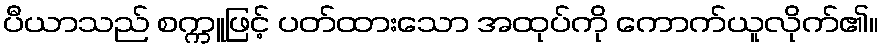
ပီယာသည် စက္ကူဖြင့် ပတ်ထားသော အထုပ်ကို ကောက်ယူလိုက်၏။